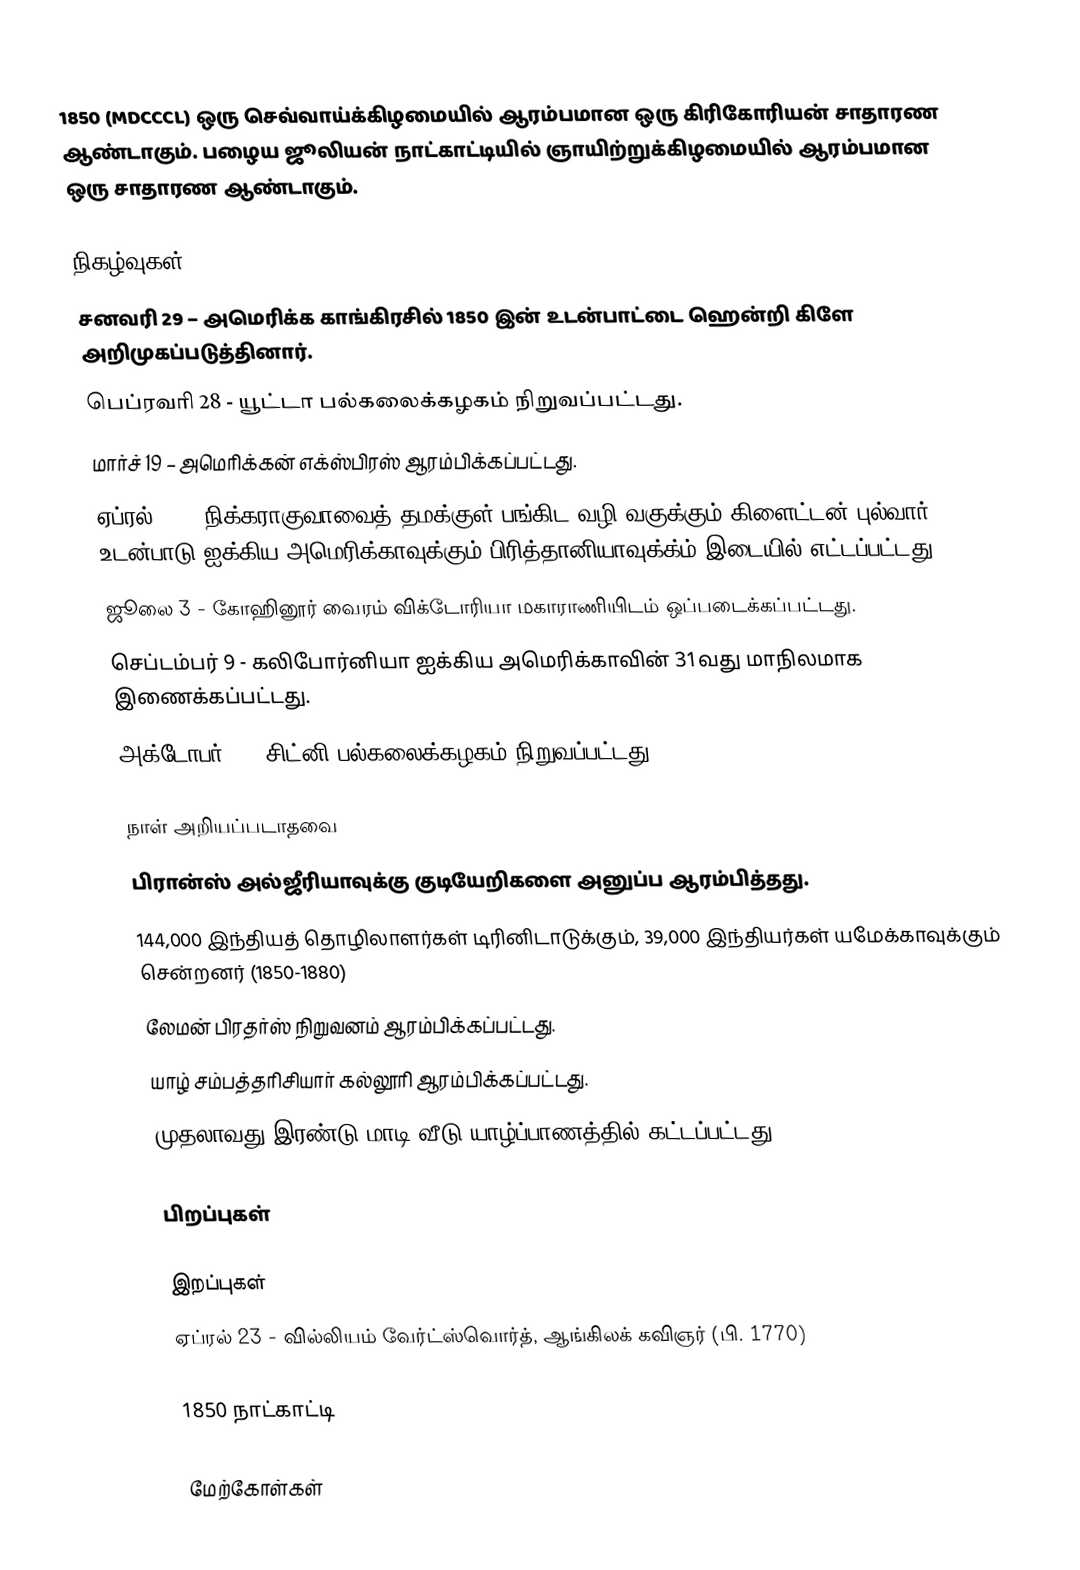
1850 (MDCCCL) ஒரு செவ்வாய்க்கிழமையில் ஆரம்பமான ஒரு கிரிகோரியன் சாதாரண ஆண்டாகும். பழைய ஜூலியன் நாட்காட்டியில் ஞாயிற்றுக்கிழமையில் ஆரம்பமான ஒரு சாதாரண ஆண்டாகும்.

நிகழ்வுகள்
 சனவரி 29 – அமெரிக்க காங்கிரசில் 1850 இன் உடன்பாட்டை ஹென்றி கிளே அறிமுகப்படுத்தினார்.
 பெப்ரவரி 28 - யூட்டா பல்கலைக்கழகம் நிறுவப்பட்டது.
 மார்ச் 19 – அமெரிக்கன் எக்ஸ்பிரஸ் ஆரம்பிக்கப்பட்டது.
 ஏப்ரல் 19 – நிக்கராகுவாவைத் தமக்குள் பங்கிட வழி வகுக்கும் கிளைட்டன்-புல்வார் உடன்பாடு ஐக்கிய அமெரிக்காவுக்கும் பிரித்தானியாவுக்க்ம் இடையில் எட்டப்பட்டது.
 ஜூலை 3 - கோஹினூர் வைரம் விக்டோரியா மகாராணியிடம் ஒப்படைக்கப்பட்டது.
 செப்டம்பர் 9 - கலிபோர்னியா ஐக்கிய அமெரிக்காவின் 31வது மாநிலமாக இணைக்கப்பட்டது.
 அக்டோபர் 1 - சிட்னி பல்கலைக்கழகம் நிறுவப்பட்டது.

நாள் அறியப்படாதவை
 பிரான்ஸ் அல்ஜீரியாவுக்கு குடியேறிகளை அனுப்ப ஆரம்பித்தது.
 144,000 இந்தியத் தொழிலாளர்கள் டிரினிடாடுக்கும், 39,000 இந்தியர்கள் யமேக்காவுக்கும் சென்றனர் (1850-1880)
 லேமன் பிரதர்ஸ் நிறுவனம் ஆரம்பிக்கப்பட்டது.
 யாழ் சம்பத்தரிசியார் கல்லூரி ஆரம்பிக்கப்பட்டது.
 முதலாவது இரண்டு மாடி வீடு யாழ்ப்பாணத்தில் கட்டப்பட்டது.

பிறப்புகள்

இறப்புகள்
 ஏப்ரல் 23 - வில்லியம் வேர்ட்ஸ்வொர்த், ஆங்கிலக் கவிஞர் (பி. 1770)

1850 நாட்காட்டி

மேற்கோள்கள்